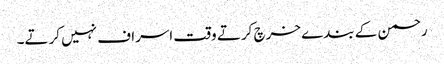
رحمن کے بندے خرچ کرتے وقت اسراف نہیں کرتے۔